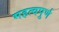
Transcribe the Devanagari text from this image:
महत्‍वपुर्ण